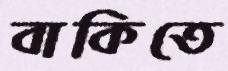
বাকিতে